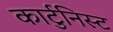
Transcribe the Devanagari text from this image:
कार्टुनिस्ट